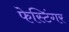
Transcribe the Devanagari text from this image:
फेस्टिंगर